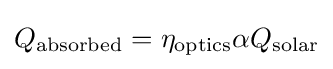
Q_{\mathrm {absorbed} }=\eta _{\mathrm {optics} }\alpha Q_{\mathrm {solar} }